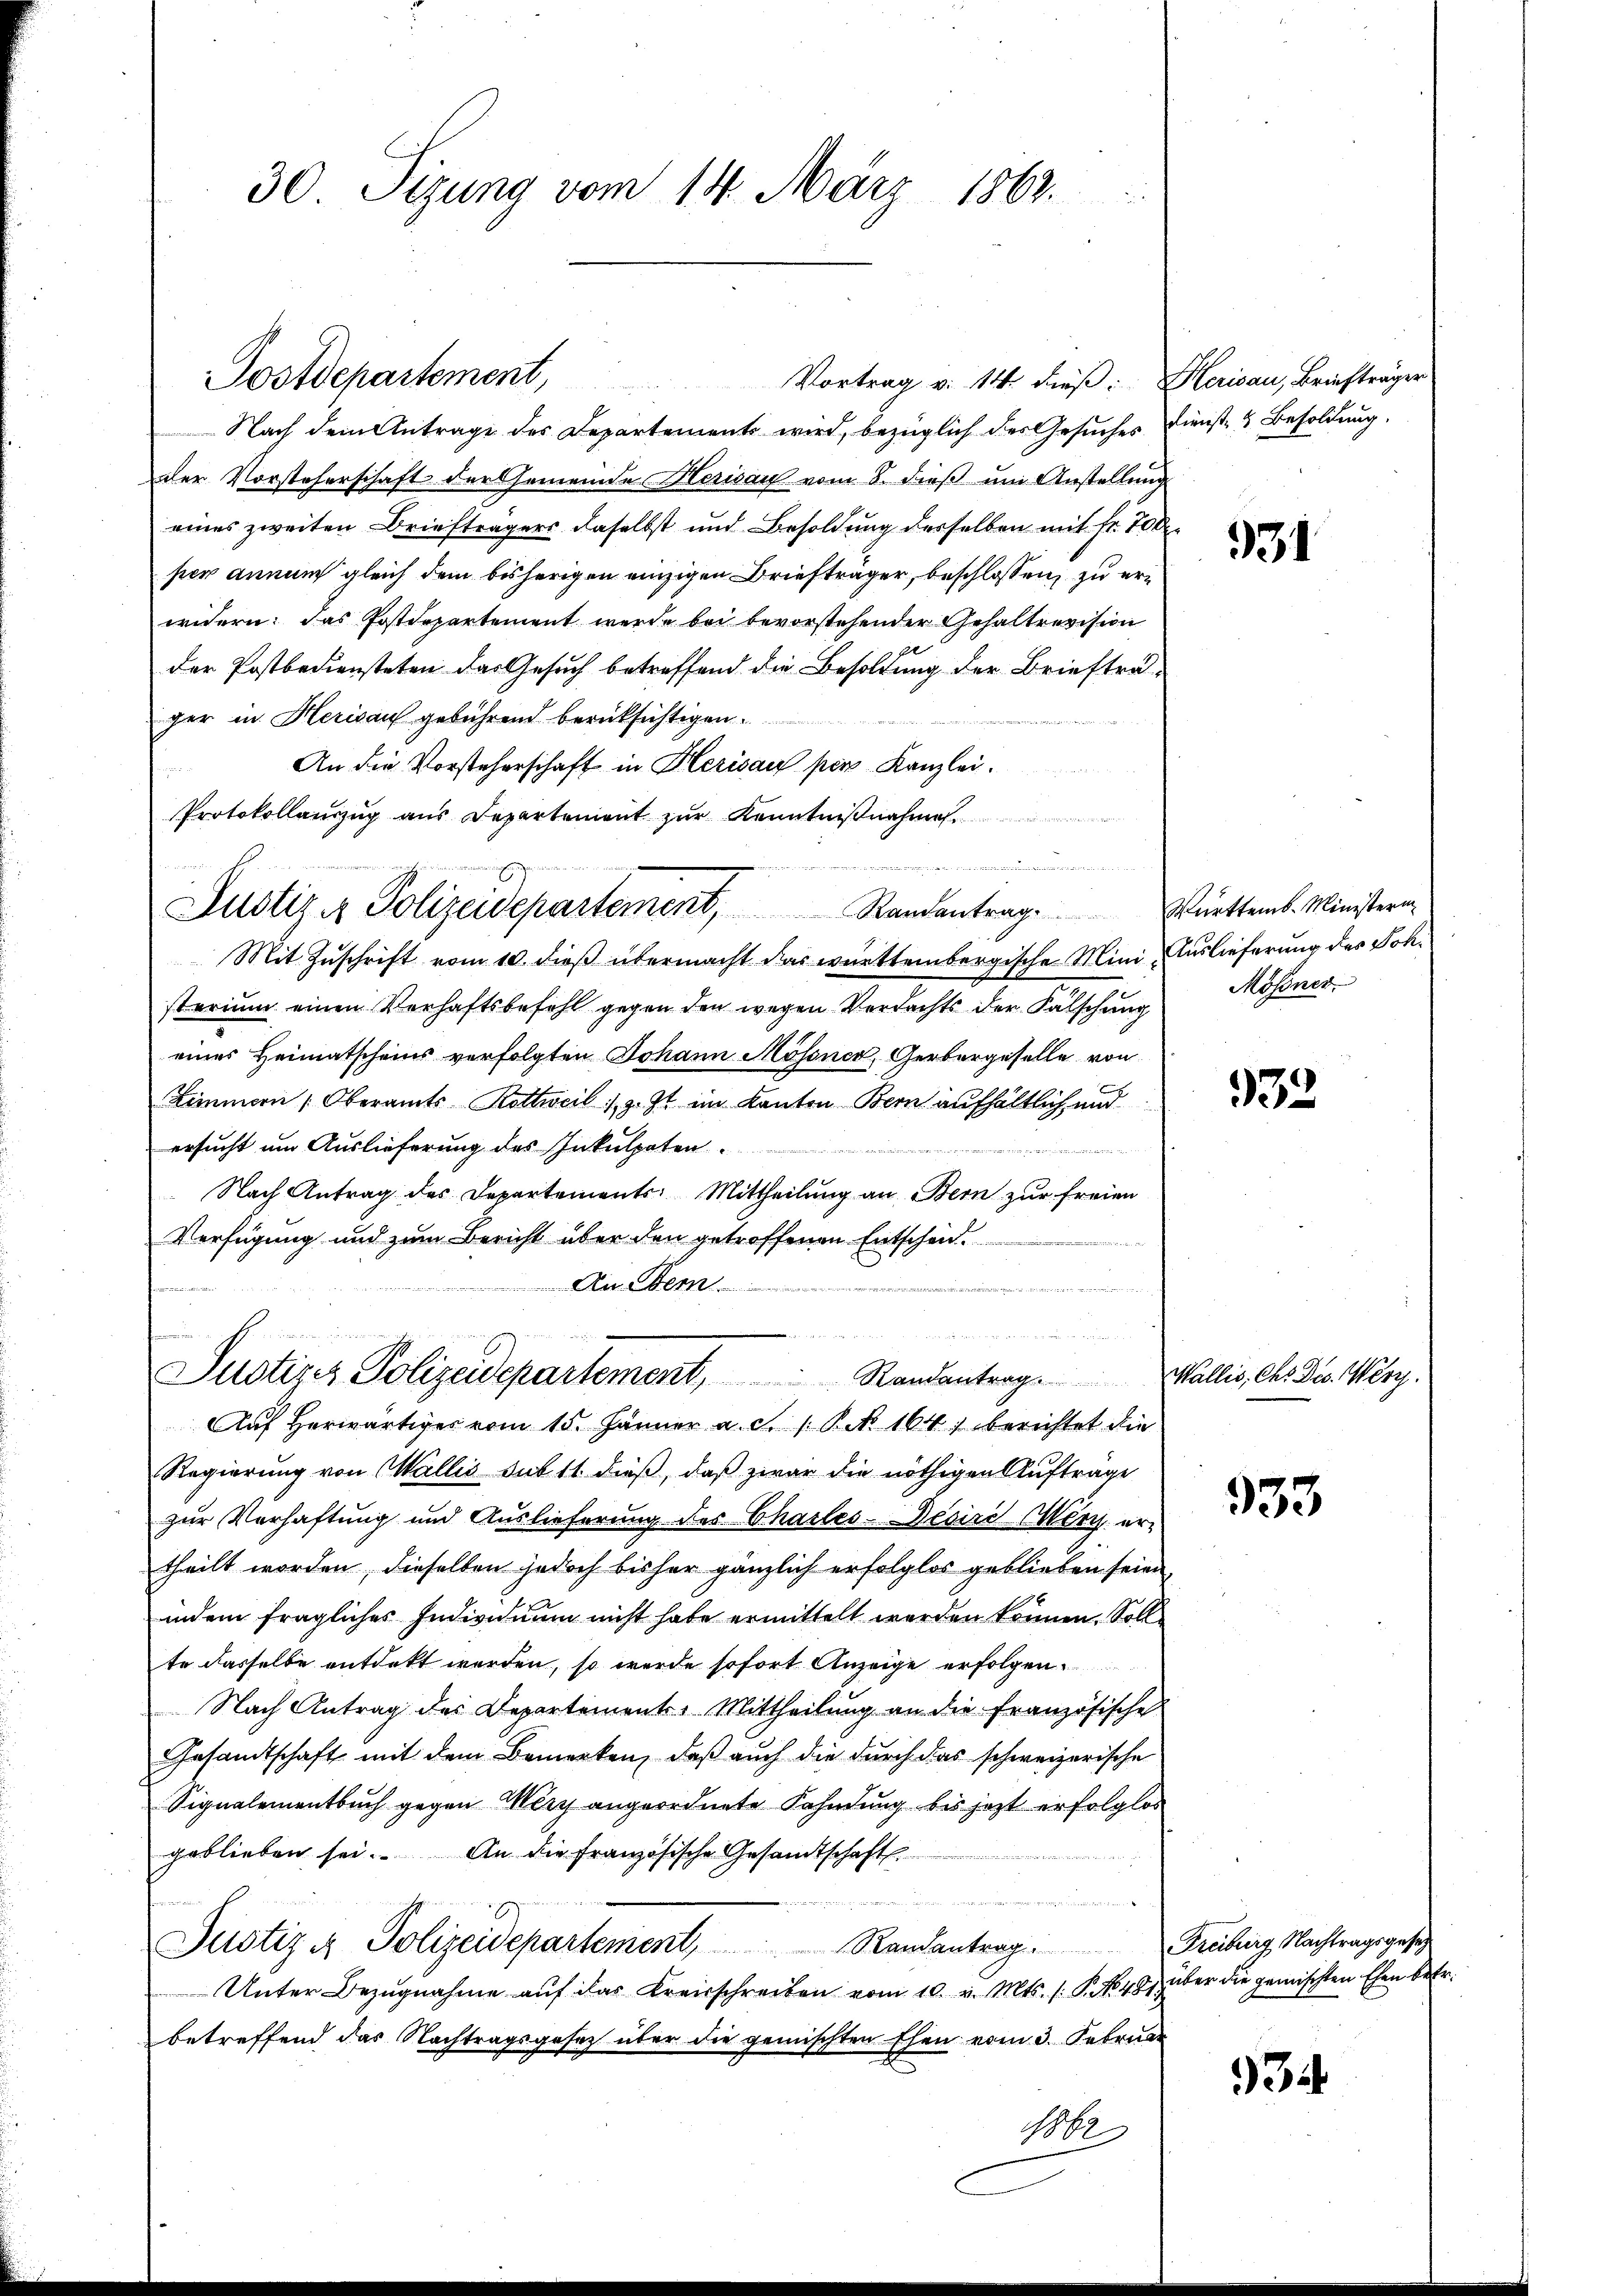
30 Sizung vom 14. März 1862.

Nach dem Antrage des Departements wird, bezüglich des Gesuches Dienst- & Besoldung.
der Vorsteherschaft der Gemeinde Herisau vom 8. dieß um Anstellung
eines zweiten Briefträgers daselbst und Besoldung derselben mit fr. 700.
per annum gleich dem bisherigen einzigen Briefträger, beschlossen, zu erwidern: das Postdepartement wurde bei bevorstehender Gehaltrevision
der Postbediensteten das Gesuch betreffend die Besoldung der Briefträger in Herisau gebührend berücksichtigen.
An die Vorsteherschaft in Herisau per Kanzlei.

Protokollauszug aus Departement zur Kenntnißnahmen.

Postdepartement,

Vortrag v. 14 dieß. Herisau, Briefträger

Justiz & Polizeidepartement, Randantrag. Württemb. Ministern

Mit Zuschrift vom 10. dieß übermacht das württembergische Ministerium einen Verhaftsbefehl gegen den wegen Verdachts der Fälschung
eines Heimatscheins verfolgten Johann Mössner, Gerbergeselle von
Zimmern Oberamts Kottweil :/ z. Zt. im Kanton Bern aufhältlich und
ersucht um Auslieferung des Inkulpaten.
Nach Antrag des Departements. Mittheilung an Bern zur freien
Verfügung und zum Bericht über den getroffenen Entscheid
B
Au Bern

Justizcz Polizeidepartement, Randantrag. Wallis, das Dec. Wery.
Auf herwärtiges vom 15. Jänner a. c. 1 Pct. 164, berichtet die

Regierung von Wallis sub 11 dieß, daß zwar die nöthigen Aufträge
zur Verhaftung und Auslieferung des Charles-Deviri Merz ertheilt worden, dieselben jedoch bisher gänzlich erfolglos geblieben seien,
indem fragliches Individuum nicht habe ermittelt werden können. Soll
te dasselbe entdekt worden, so wurde sofort Anzeige erfolgen
Nach Antrag des Departements-Mittheilŭng an die französische
Gesandtschaft mit dem Bemerken, daß auch die durch das schweizerische
Signalementbuch gegen Merz angeordnete Fahndung bis jetzt erfolglos
geblieben sei. An die Französische Gesandtschaft.
teien
mnt werden der der
Justiz & Polizeidepartement, Randantrag. Freiburg Nachtragsgesetz
Unter Bezugnahme aŭf das Kreisschreiben vom 10. v. Mts. s. S. 1848) über die gemischten Ehen betr.
betreffend das Nachtragsgesetz über die gemischten Ehen vom 3. Februar
18

931.

Auslieferung des Joh.
Mossner

933

933

934.